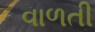
વાળતી